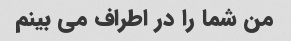
من شما را در اطراف می بینم